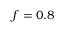
f = 0 . 8